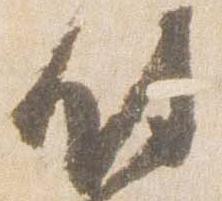
侍